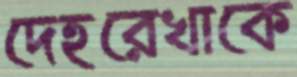
দেহরেখাকে